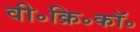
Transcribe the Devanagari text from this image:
वी॰क्रि॰कॉ॰